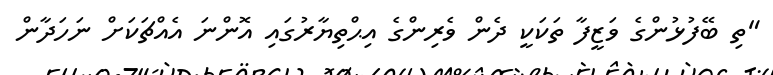
"ތި ބޭފުޅުންގެ ވަޒީފާ ތަކަކީ ދެން ވެރިންގެ އިޙްތިޔާރުގައި އޮންނަ އެއްޗަކަށް ނަހަދާން